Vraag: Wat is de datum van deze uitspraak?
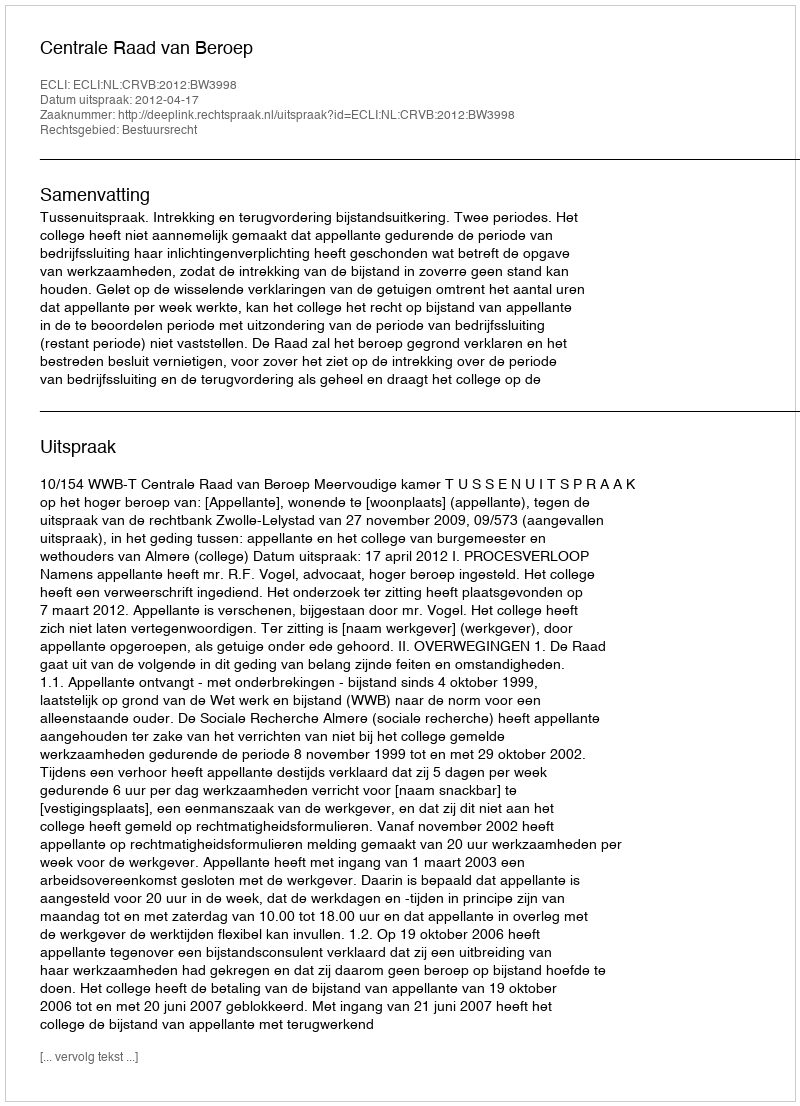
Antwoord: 2012-04-17